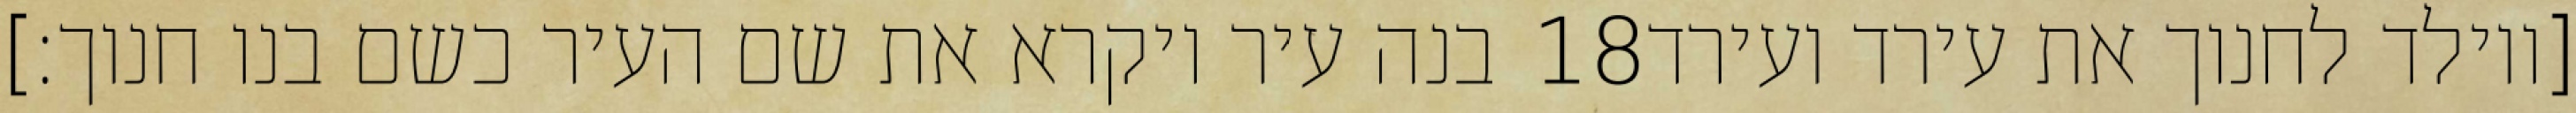
בנה עיר ויקרא את שם העיר כשם בנו חנוך׃] ‎18‏ [ויולד לחנוך את עירד ועירד